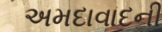
અમદાવાદની